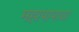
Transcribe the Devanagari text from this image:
महापापाचा